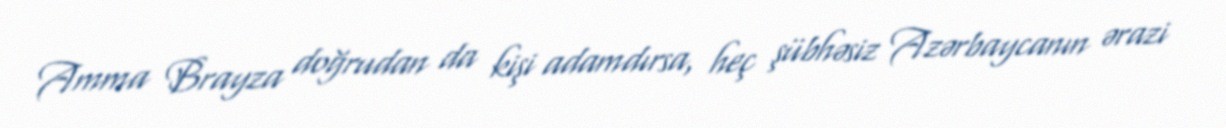
Amma Brayza doğrudan da kişi adamdırsa, heç şübhəsiz Azərbaycanın ərazi